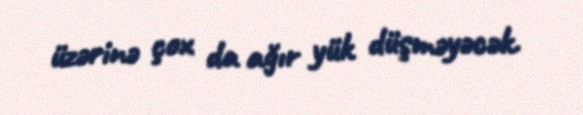
üzərinə çox da ağır yük düşməyəcək.